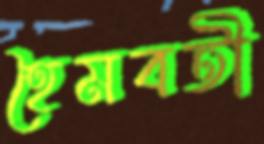
হৈমবতী